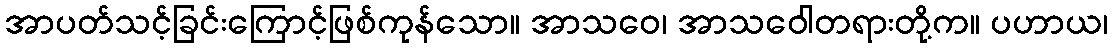
အာပတ်သင့်ခြင်းကြောင့်ဖြစ်ကုန်သော။ အာသဝေ၊ အာသဝေါတရားတို့က။ ပဟာယ၊